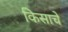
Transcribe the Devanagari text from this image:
किसाचे